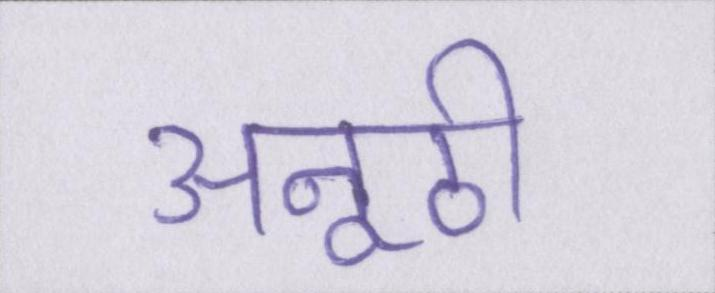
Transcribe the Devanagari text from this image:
अनूठी